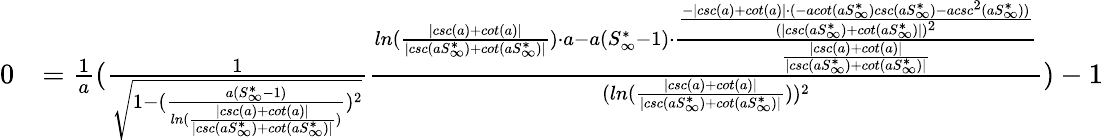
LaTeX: \begin{array}{rl}{0}&{=\frac{1}{a}(\frac{1}{\sqrt{1-(\frac{a(S_{\infty}^{*}-1)}{ln(\frac{|csc(a)+cot(a)|}{|csc(aS_{\infty}^{*})+cot(aS_{\infty}^{*})|})})^{2}}}\frac{ln(\frac{|csc(a)+cot(a)|}{|csc(aS_{\infty}^{*})+cot(aS_{\infty}^{*})|})\cdot a-a(S_{\infty}^{*}-1)\cdot\frac{\frac{-|csc(a)+cot(a)|\cdot(-acot(aS_{\infty}^{*})csc(aS_{\infty}^{*})-acsc^{2}(aS_{\infty}^{*}))}{(|csc(aS_{\infty}^{*})+cot(aS_{\infty}^{*})|)^{2}}}{\frac{|csc(a)+cot(a)|}{|csc(aS_{\infty}^{*})+cot(aS_{\infty}^{*})|}}}{(ln(\frac{|csc(a)+cot(a)|}{|csc(aS_{\infty}^{*})+cot(aS_{\infty}^{*})|}))^{2}})-1}\end{array}